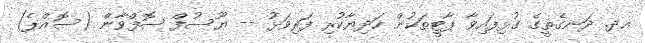
އދ. ދަނގެތީގެ ގުޅިފައިވާ ޕާޓީތަކުން ހަދިޔާކުރި ފަރިވަޅު -- ޔޫސުފް ސޮފްވާން (ސޮއްޕެ)